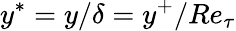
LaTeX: y^{\ast}=y/\delta=y^{+}/Re_{\tau}